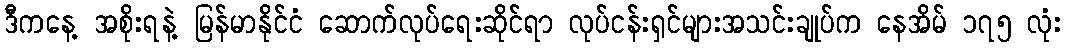
ဒီကနေ့ အစိုးရနဲ့ မြန်မာနိုင်ငံ ဆောက်လုပ်ရေးဆိုင်ရာ လုပ်ငန်းရှင်များအသင်းချုပ်က နေအိမ် ၁၇၅ လုံး